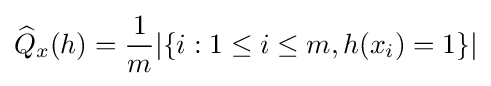
{\widehat {Q}}_{x}(h)={\frac {1}{m}}|\{i:1\leq i\leq m,h(x_{i})=1\}|